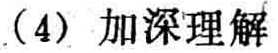
（4）加深理解